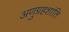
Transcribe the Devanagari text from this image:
अणुग्रहशांति